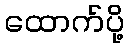
ထောက်ပို့